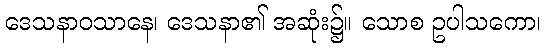
ဒေသနာဝသာနေ၊ ဒေသနာ၏ အဆုံး၌။ သောစ ဥပါသကော၊